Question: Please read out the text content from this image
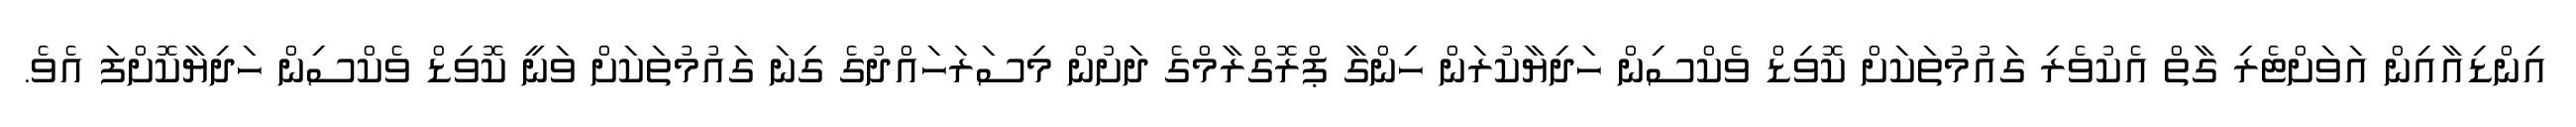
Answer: އިންޑިއާއިން އަވަށްޓެރި ގާތް އެކުވެރި ގައުމުތަކަށް ކޮވިޑް ވެކްސިން ހަދިޔާކުރަން ހިންގާ ޕްރޮގްރާމްގެ ދަށުން މިސަރަހައްދުގެ ގިނަ ގައުމުތަކަށް ވަނީ ކޮވިޑް ވެކްސިން ހަދިޔާކޮށްފަ އެވެ.